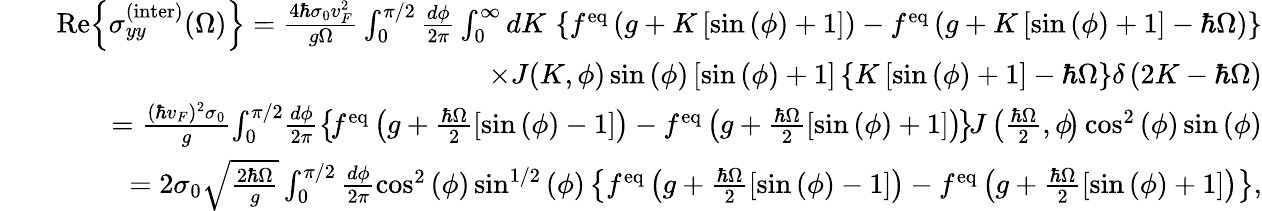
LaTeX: \begin{array}{rlr}&{}&{\mathrm{Re}{\left\{ \sigma_{yy}^{\mathrm{(inter)}}(\Omega)\right\} }=\frac{4\hbar\sigma_{0}v_{F}^{2}}{g\Omega}\int_{0}^{\pi/2}\frac{d\phi}{2\pi}\int_{0}^{\infty}dK\, \left\{ f^{\mathrm{eq}}\left(g+K\left[\sin{(\phi)}+1\right]\right)-f^{\mathrm{eq}}\left(g+K\left[\sin{(\phi)}+1\right]-\hbar\Omega\right)\right\} }\\ &{}&{\times J(K,\phi)\sin{(\phi)}\left[\sin{(\phi)}+1\right]\left\{ K\left[\sin{(\phi)}+1\right]-\hbar\Omega\right\} \delta\left(2K-\hbar\Omega\right)}\\ &{}&{=\frac{(\hbar v_{F})^{2}\sigma_{0}}{g}\! \int_{0}^{\pi/2}\! \frac{d\phi}{2\pi}\left\{ \! f^{\mathrm{eq}}\left(g+\frac{\hbar\Omega}{2}\left[\sin{(\phi)}-1\right]\right)-f^{\mathrm{eq}}\left(g+\frac{\hbar\Omega}{2}\left[\sin{(\phi)}+1\right]\right)\! \right\} \! J\left(\frac{\hbar\Omega}{2},\phi\! \right)\cos^{2}{(\phi)}\sin{(\phi)}}\\ &{}&{=2\sigma_{0}\sqrt{\frac{2\hbar\Omega}{g}}\int_{0}^{\pi/2}\frac{d\phi}{2\pi}\cos^{2}{(\phi)}\sin^{1/2}{(\phi)}\left\{ f^{\mathrm{eq}}\left(g+\frac{\hbar\Omega}{2}\left[\sin{(\phi)}-1\right]\right)-f^{\mathrm{eq}}\left(g+\frac{\hbar\Omega}{2}\left[\sin{(\phi)}+1\right]\right)\right\} ,}\end{array}